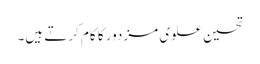
تحسین علوی مزدور کا کام کرتے ہیں۔